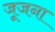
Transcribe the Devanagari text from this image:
जूजना